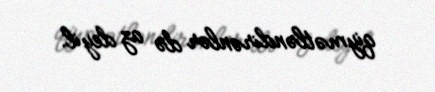
qiymətləndirənlər də az deyil.